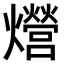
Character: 𤒨